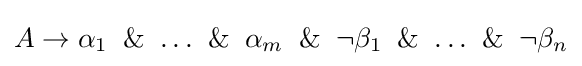
A\to \alpha _{1}\And \ldots \And \alpha _{m}\And \lnot \beta _{1}\And \ldots \And \lnot \beta _{n}